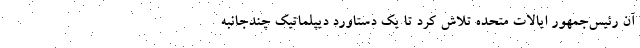
آن رئیس‌جمهور ایالات متحده تلاش کرد تا یک دستاورد دیپلماتیک چندجانبه